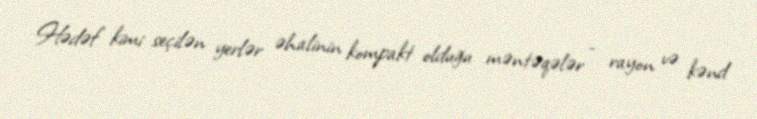
Hədəf kimi seçilən yerlər əhalinin kompakt olduğu məntəqələr - rayon və kənd